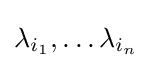
\lambda _{i_{1}},\dots \lambda _{i_{n}}